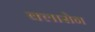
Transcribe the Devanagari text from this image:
क्लासेन